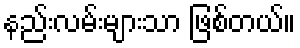
နည်းလမ်းများသာ ဖြစ်တယ်။